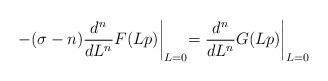
LaTeX: \begin{align*}-(\sigma -n)\frac{d^n}{dL^n}F(Lp)\biggl\vert_{L=0}=\frac{d^n}{dL^n}G(Lp)\biggl\vert_{L=0}\end{align*}